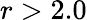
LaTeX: r>2.0